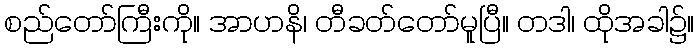
စည်တော်ကြီးကို။ အာဟနိ၊ တီခတ်တော်မူပြီ။ တဒါ၊ ထိုအခါ၌။